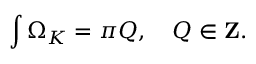
\int \Omega _ { K } = \pi Q , \quad Q \in { \bf Z } .